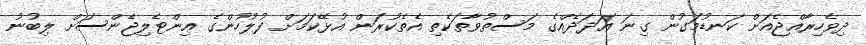
ދިވެހިރާއްޖެއަށް ކަނޑުމަގުން ގިނަ ޢަދަދެއްގެ މަސްތުވާތަކެތި އެތެކުރަން އުޅޭކަމަށް ފުލުހުންގެ އިންޓެލިޖެންސަށް ލިބުނު